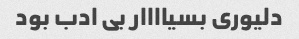
دلیوری بسیاااار بی ادب بود